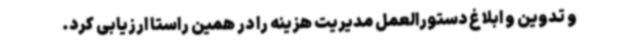
و تدوین و ابلاغ دستورالعمل مدیریت هزینه را در همین راستا ارزیابی کرد.